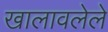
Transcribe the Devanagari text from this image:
खालावलेले